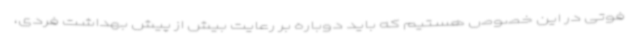
فوتی در این خصوص هستیم که باید دوباره بر رعایت بیش از پیش بهداشت فردی،